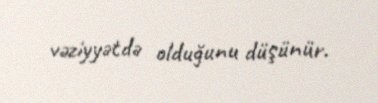
vəziyyətdə olduğunu düşünür.